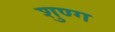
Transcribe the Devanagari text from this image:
शुण्ग